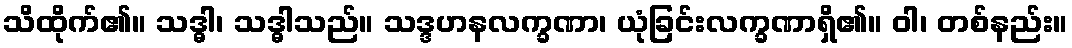
သိထိုက်၏။ သဒ္ဓါ၊ သဒ္ဓါသည်။ သဒ္ဒဟနလက္ခဏာ၊ ယုံခြင်းလက္ခဏာရှိ၏။ ဝါ၊ တစ်နည်း။